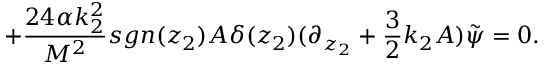
+ \frac { 2 4 \alpha k _ { 2 } ^ { 2 } } { M ^ { 2 } } s g n ( z _ { 2 } ) A \delta ( z _ { 2 } ) ( \partial _ { z _ { 2 } } + \frac { 3 } { 2 } k _ { 2 } A ) \tilde { \psi } = 0 .